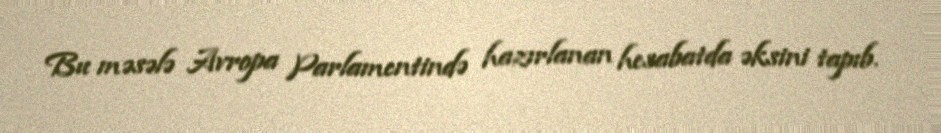
Bu məsələ Avropa Parlamentində hazırlanan hesabatda əksini tapıb.